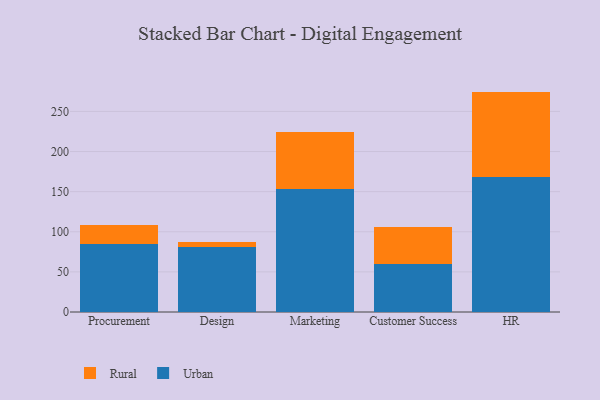
{"axis": {"x": "Department", "y": "Energy Usage (MWh)"}, "legend": ["Rural", "Urban"], "data": [{"x": "Procurement", "y": 85.2, "type": "Urban"}, {"x": "Procurement", "y": 23.2, "type": "Rural"}, {"x": "Design", "y": 81.1, "type": "Urban"}, {"x": "Design", "y": 5.9, "type": "Rural"}, {"x": "Marketing", "y": 152.9, "type": "Urban"}, {"x": "Marketing", "y": 71.3, "type": "Rural"}, {"x": "Customer Success", "y": 60.4, "type": "Urban"}, {"x": "Customer Success", "y": 45.3, "type": "Rural"}, {"x": "HR", "y": 168.1, "type": "Urban"}, {"x": "HR", "y": 106.6, "type": "Rural"}]}